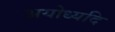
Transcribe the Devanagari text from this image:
अयोध्यदि